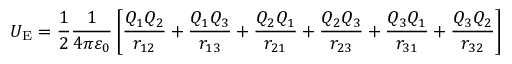
U _ { \mathrm { E } } = { \frac { 1 } { 2 } } { \frac { 1 } { 4 \pi \varepsilon _ { 0 } } } \left[ { \frac { Q _ { 1 } Q _ { 2 } } { r _ { 1 2 } } } + { \frac { Q _ { 1 } Q _ { 3 } } { r _ { 1 3 } } } + { \frac { Q _ { 2 } Q _ { 1 } } { r _ { 2 1 } } } + { \frac { Q _ { 2 } Q _ { 3 } } { r _ { 2 3 } } } + { \frac { Q _ { 3 } Q _ { 1 } } { r _ { 3 1 } } } + { \frac { Q _ { 3 } Q _ { 2 } } { r _ { 3 2 } } } \right]